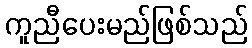
ကူညီပေးမည်ဖြစ်သည်